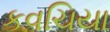
કવચિયા